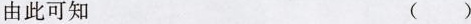
由此可知 （）